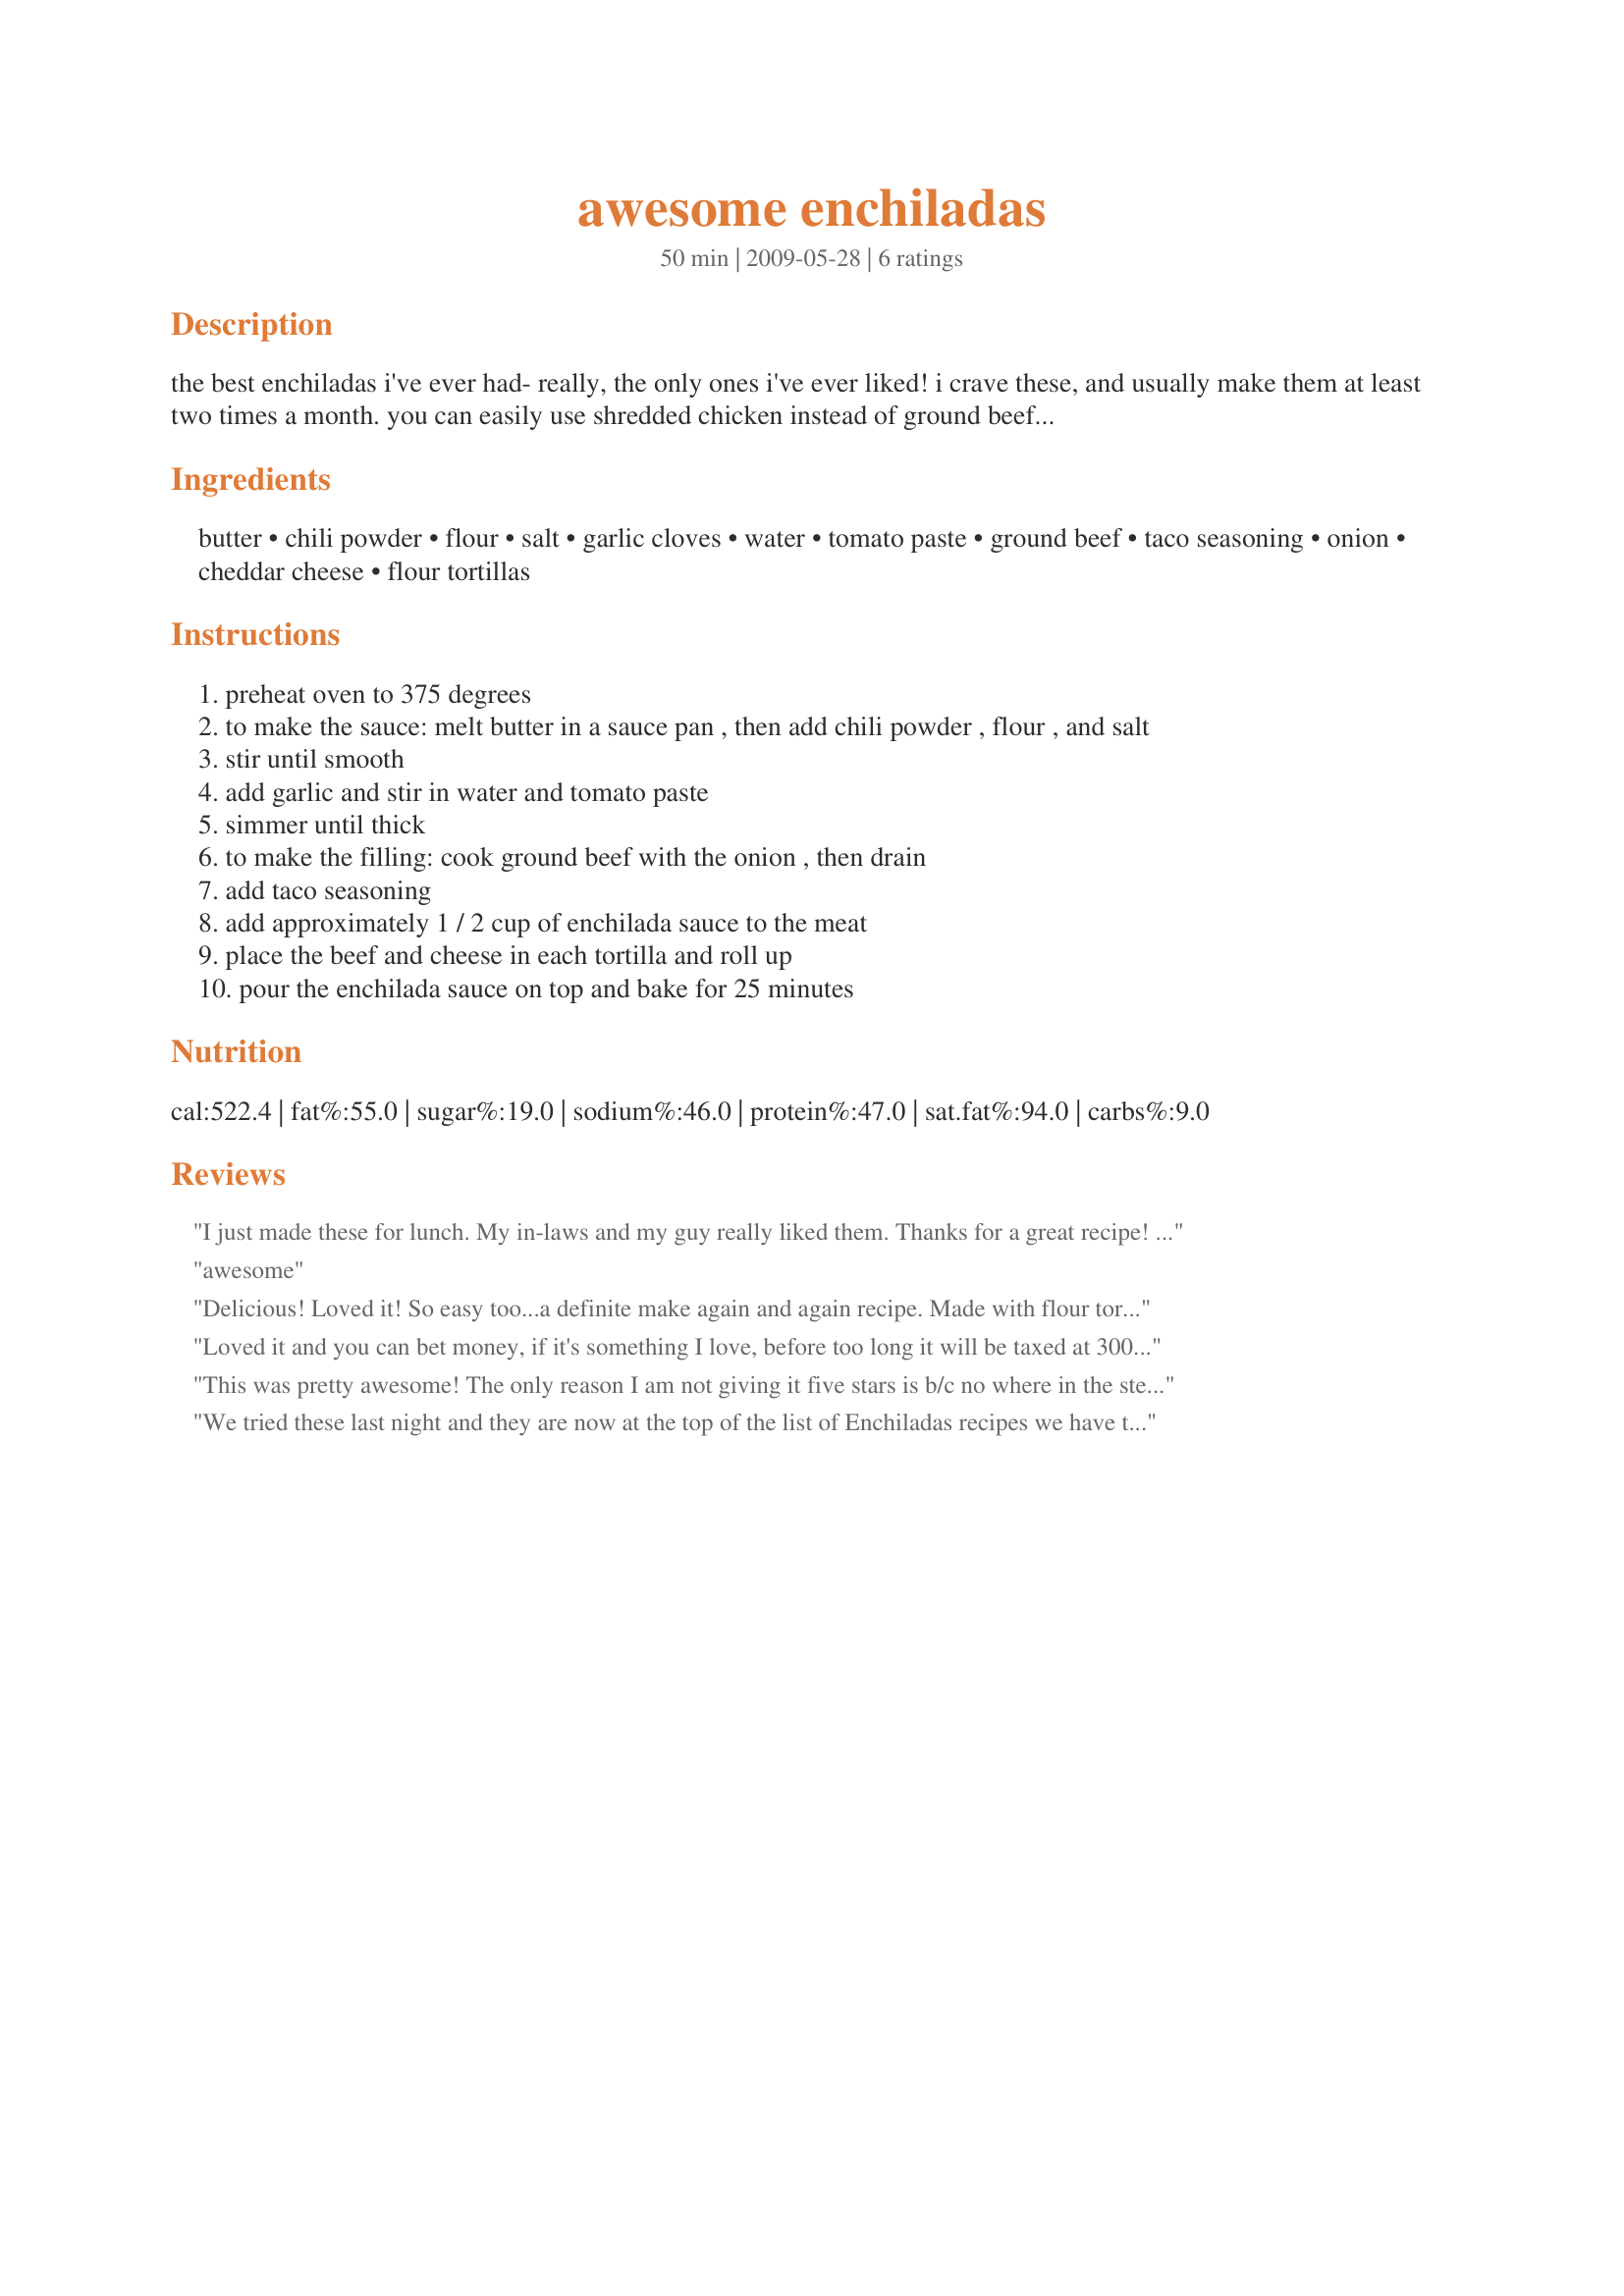
awesome enchiladas
Preparation time: 50 minutes

the best enchiladas i've ever had- really, the only ones i've ever liked! i crave these, and usually make them at least two times a month. you can easily use shredded chicken instead of ground beef, and feel free to use corn tortillas instead of flour...it's the sauce that make these enchiladas so awesome!

Ingredients:
butter, chili powder, flour, salt, garlic cloves, water, tomato paste, ground beef, taco seasoning, onion, cheddar cheese, flour tortillas

Steps:
preheat oven to 375 degrees
to make the sauce: melt butter in a sauce pan , then add chili powder , flour , and salt
stir until smooth
add garlic and stir in water and tomato paste
simmer until thick
to make the filling: cook ground beef with the onion , then drain
add taco seasoning
add approximately 1 / 2 cup of enchilada sauce to the meat
place the beef and cheese in each tortilla and roll up
pour the enchilada sauce on top and bake for 25 minutes

Reviews:
I just made these for lunch. My in-laws and my guy really liked them. Thanks for a great recipe! I'll be making these again! Update: I LOVE this sauce. It is the best I've found compared to that of my grandma's. We used corn tortilla like a traditional enchilada does BUT I veganized everything. Using dairy free butter, tofu instead of beef, and I sub'd the cheese with a vegan cheese. It's been years since I've had an enchilada but this sure tasted like and original I would've eaten anywhere else. It was perfect.
awesome
Delicious! Loved it! So easy too...a definite make again and again recipe. Made with flour tortillas to stay true to the recipe, but I'll try corn tortillas next time so they are more enchiladas and less burrito. I loved, loved, loved this....so happy I adopted you as my PAC baby, Spring 2010!
Loved it and you can bet money, if it's something I love, before too long it will be taxed at 300% so you better hurry and make it now. Made for Alphabet Soup Tag.
This was pretty awesome! The only reason I am not giving it five stars is b/c no where in the steps does it say when to add the canned enchilada sauce. I added it to the butter, water, garlic, tom. paste, etc. mixture. Otherwise, I made as directed except I added black beans and green pepper to the meat mixture. I also dipped my tortillas in the sauce before rolling. Finally, I added some extra cheese on top. This is going into our regular rotation. Thanks! Reviewed for PAC 2009.
We tried these last night and they are now at the top of the list of Enchiladas recipes we have tried.
